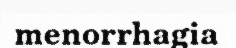
menorrhagia